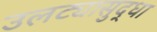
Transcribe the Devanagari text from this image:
उलट्यासुद्धा